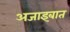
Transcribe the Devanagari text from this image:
अजाइबात